Annual report on the working of the Harcourt Butler Institute of Public Health, Rangoon
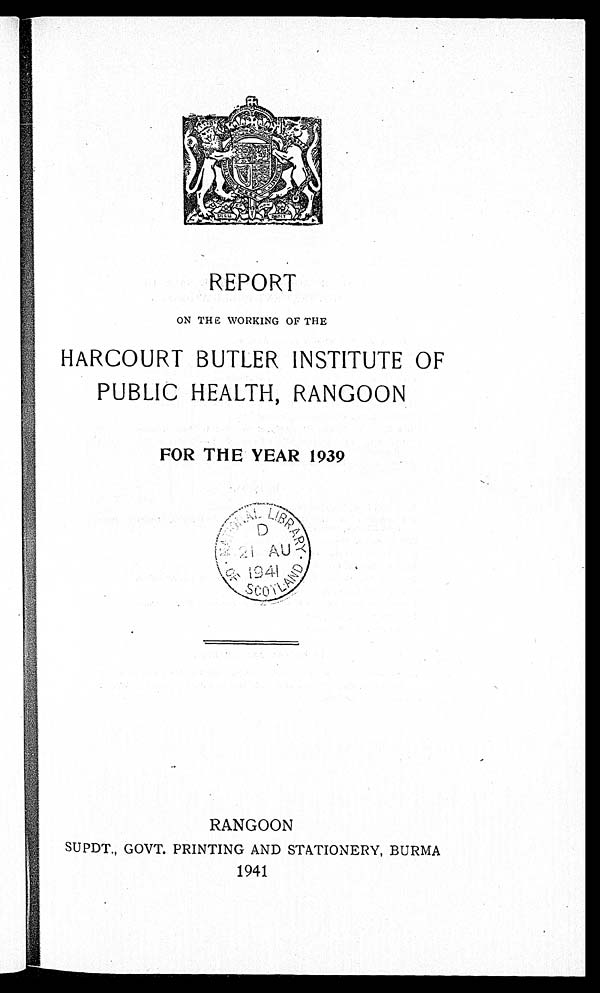
REPORT
ON THE WORKING OF THE
HARCOURT BUTLER INSTITUTE OF
PUBLIC HEALTH, RANGOON
FOR THE YEAR 1939
RANGOON
SUPDT., GOVT. PRINTING AND STATIONERY, BURMA
1941